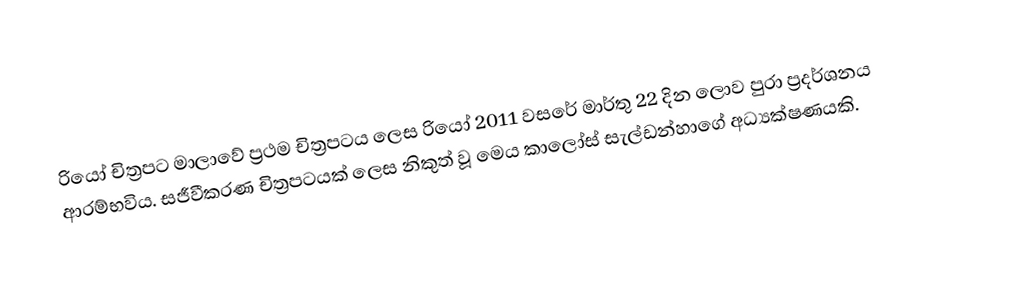
රියෝ චිත්‍රපට මාලාවේ ප්‍රථම චිත්‍රපටය ලෙස රියෝ 2011 වසරේ මාර්තු 22 දින ලොව පුරා ප්‍රදර්ශනය ආරම්භවිය. සජීවීකරණ චිත්‍රපටයක් ලෙස නිකුත් වූ මෙය කාලෝස් සැල්ඩන්හාගේ අධ්‍යක්ෂණයකි.